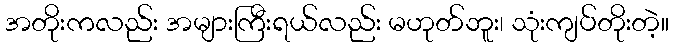
အတိုးကလည်း အများကြီးရယ်လည်း မဟုတ်ဘူး၊ သုံးကျပ်တိုးတဲ့။